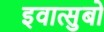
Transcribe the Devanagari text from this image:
इवात्सुबो